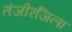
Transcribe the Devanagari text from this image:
तंजौरजिला